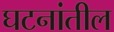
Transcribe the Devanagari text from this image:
घटनांतील